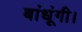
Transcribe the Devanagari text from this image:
बांधूंगी।